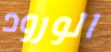
الورود